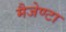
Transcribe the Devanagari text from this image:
मैजेण्टा